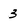
Character: 3